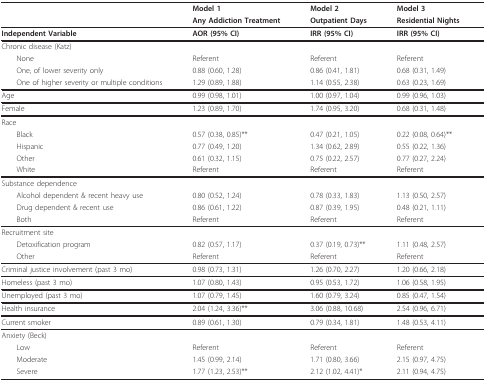
<table><thead><tr><td></td><td><b>Model 1</b></td><td><b>Model 2</b></td><td><b>Model 3</b></td></tr><tr><td></td><td><b>Any Addiction Treatment</b></td><td><b>Outpatient Days</b></td><td><b>Residential Nights</b></td></tr></thead><tbody><tr><td><b>Independent Variable</b></td><td><b>AOR (95% CI)</b></td><td><b>IRR (95% CI)</b></td><td><b>IRR (95% CI)</b></td></tr><tr><td>Chronic disease (Katz)</td><td></td><td></td><td></td></tr><tr><td> None</td><td>Referent</td><td>Referent</td><td>Referent</td></tr><tr><td> One, of lower severity only</td><td>0.88 (0.60, 1.28)</td><td>0.86 (0.41, 1.81)</td><td>0.68 (0.31, 1.49)</td></tr><tr><td> One of higher severity or multiple conditions</td><td>1.29 (0.89, 1.88)</td><td>1.14 (0.55, 2.38)</td><td>0.63 (0.23, 1.69)</td></tr><tr><td>Age</td><td>0.99 (0.98, 1.01)</td><td>1.00 (0.97, 1.04)</td><td>0.99 (0.96, 1.03)</td></tr><tr><td>Female</td><td>1.23 (0.89, 1.70)</td><td>1.74 (0.95, 3.20)</td><td>0.68 (0.31, 1.48)</td></tr><tr><td>Race</td><td></td><td></td><td></td></tr><tr><td> Black</td><td>0.57 (0.38, 0.85)**</td><td>0.47 (0.21, 1.05)</td><td>0.22 (0.08, 0.64)**</td></tr><tr><td> Hispanic</td><td>0.77 (0.49, 1.20)</td><td>1.34 (0.62, 2.89)</td><td>0.55 (0.22, 1.36)</td></tr><tr><td> Other</td><td>0.61 (0.32, 1.15)</td><td>0.75 (0.22, 2.57)</td><td>0.77 (0.27, 2.24)</td></tr><tr><td> White</td><td>Referent</td><td>Referent</td><td>Referent</td></tr><tr><td>Substance dependence</td><td></td><td></td><td></td></tr><tr><td> Alcohol dependent &amp; recent heavy use</td><td>0.80 (0.52, 1.24)</td><td>0.78 (0.33, 1.83)</td><td>1.13 (0.50, 2.57)</td></tr><tr><td> Drug dependent &amp; recent use</td><td>0.86 (0.61, 1.22)</td><td>0.87 (0.39, 1.95)</td><td>0.48 (0.21, 1.11)</td></tr><tr><td> Both</td><td>Referent</td><td>Referent</td><td>Referent</td></tr><tr><td>Recruitment site</td><td></td><td></td><td></td></tr><tr><td> Detoxification program</td><td>0.82 (0.57, 1.17)</td><td>0.37 (0.19, 0.73)**</td><td>1.11 (0.48, 2.57)</td></tr><tr><td> Other</td><td>Referent</td><td>Referent</td><td>Referent</td></tr><tr><td>Criminal justice involvement (past 3 mo)</td><td>0.98 (0.73, 1.31)</td><td>1.26 (0.70, 2.27)</td><td>1.20 (0.66, 2.18)</td></tr><tr><td>Homeless (past 3 mo)</td><td>1.07 (0.80, 1.43)</td><td>0.95 (0.53, 1.72)</td><td>1.06 (0.58, 1.95)</td></tr><tr><td>Unemployed (past 3 mo)</td><td>1.07 (0.79, 1.45)</td><td>1.60 (0.79, 3.24)</td><td>0.85 (0.47, 1.54)</td></tr><tr><td>Health insurance</td><td>2.04 (1.24, 3.36)**</td><td>3.06 (0.88, 10.68)</td><td>2.54 (0.96, 6.71)</td></tr><tr><td>Current smoker</td><td>0.89 (0.61, 1.30)</td><td>0.79 (0.34, 1.81)</td><td>1.48 (0.53, 4.11)</td></tr><tr><td>Anxiety (Beck)</td><td></td><td></td><td></td></tr><tr><td> Low</td><td>Referent</td><td>Referent</td><td>Referent</td></tr><tr><td> Moderate</td><td>1.45 (0.99, 2.14)</td><td>1.71 (0.80, 3.66)</td><td>2.15 (0.97, 4.75)</td></tr><tr><td> Severe</td><td>1.77 (1.23, 2.53)**</td><td>2.12 (1.02, 4.41)*</td><td>2.11 (0.94, 4.75)</td></tr></tbody></table>